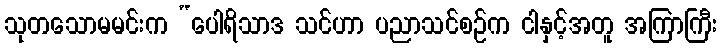
သုတသောမမင်းက “ပေါရိသာဒ သင်ဟာ ပညာသင်စဉ်က ငါနှင့်အတူ အကြာကြီး